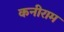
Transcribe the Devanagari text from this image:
कनीराम